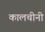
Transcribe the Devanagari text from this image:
कालचीनी